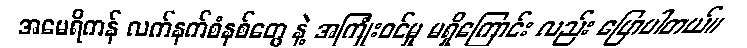
အမေရိကန် လက်နက်စံနစ်တွေ နဲ့ အကြုံးဝင်မှု မရှိကြောင်း လည်း ပြောပါတယ်။